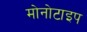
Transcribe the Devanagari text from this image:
मोनोटाइप